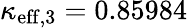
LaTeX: \kappa_{\mathrm{eff},3}=0.85984